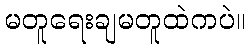
မတူရေးချမတူထဲကပဲ။